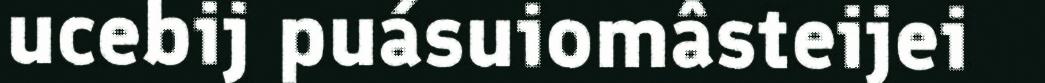
ucebij puásuiomâsteijei